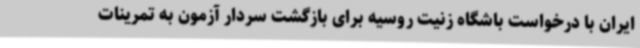
ایران با درخواست باشگاه زنیت روسیه برای بازگشت سردار آزمون به تمرینات